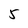
Character: 5